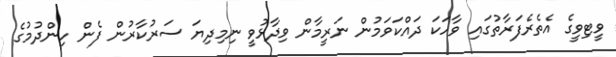
ވީޓިވީގެ އެތެރެފަރާތުގައި ވާހަކަ ދައްކަވަމުން ނަރީމާން ވިދާޅުވީ ނިމިދިޔަ ސަރުކާރުން ފެން ހިންދުމުގެ